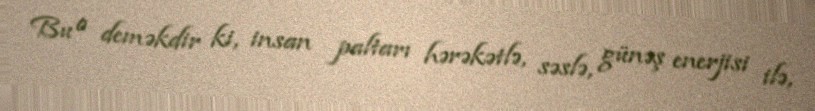
Bu o deməkdir ki, insan paltarı hərəkətlə, səslə, günəş enerjisi ilə,